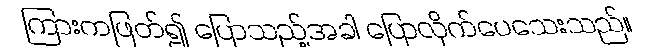
ကြားကဖြတ်၍ ပြောသည့်အခါ ပြောလိုက်ပေသေးသည်။